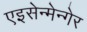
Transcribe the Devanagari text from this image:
एइसेन्मेन्गेर